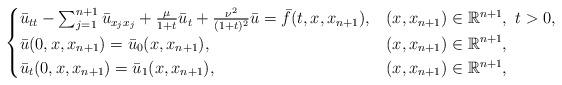
LaTeX: \begin{align*}\begin{cases} \bar{u}_{tt}-\sum_{j=1}^{n+1} \bar{u}_{x_jx_j} +\frac{\mu}{1+t}\bar{u}_t+\frac{\nu^2}{(1+t)^2}\bar{u}=\bar{f}(t,x,x_{n+1}), & (x,x_{n+1})\in \mathbb{R}^{n+1}, \ t>0,\\\bar{u}(0,x,x_{n+1})=\bar{u}_0(x,x_{n+1}), & (x,x_{n+1})\in \mathbb{R}^{n+1}, \\ \bar{u}_t(0,x,x_{n+1})=\bar{u}_1(x,x_{n+1}), & (x,x_{n+1})\in \mathbb{R}^{n+1},\end{cases}\end{align*}